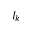
I _ { k }